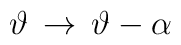
\vartheta \, \rightarrow \, \vartheta -\alpha